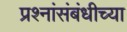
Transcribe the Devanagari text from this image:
प्रश्नांसंबंधीच्या